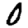
Digit: 0